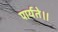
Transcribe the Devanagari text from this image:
पार्यते।।